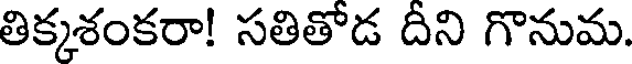
తిక్కశంకరా! సతితోడ దీని గొనుమ.